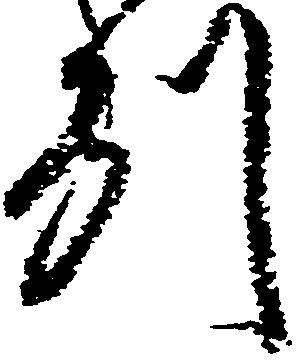
州